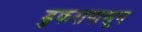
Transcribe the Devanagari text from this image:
डुकरापासून